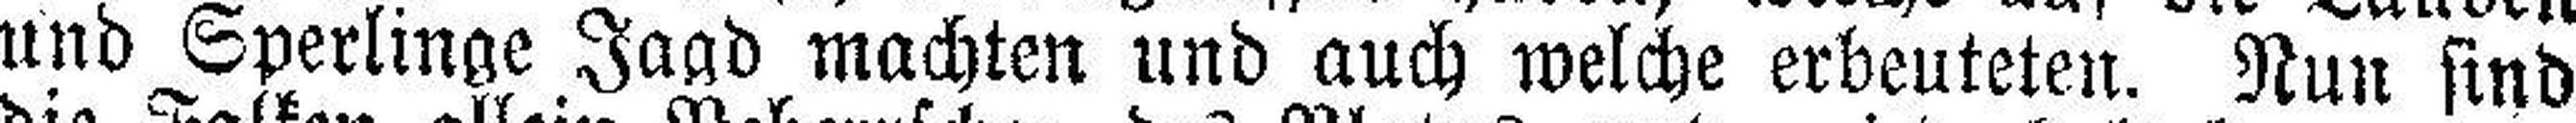
und Sperlinge Jagd machten und auch welche erbeuteten. Nun sind